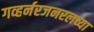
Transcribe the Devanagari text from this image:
गव्हर्नरजनरलच्या